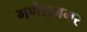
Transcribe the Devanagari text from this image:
गणेशनगर